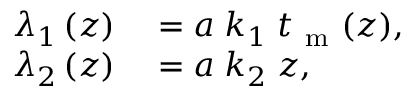
\begin{array} { r l } { \lambda _ { 1 } \left( z \right) } & { { } = a \; k _ { 1 } \; t _ { \mathrm { ~ m ~ } } ( z ) , } \\ { \lambda _ { 2 } \left( z \right) } & { { } = a \; k _ { 2 } \; z , } \end{array}